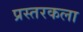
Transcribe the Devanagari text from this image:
प्रस्तरकला